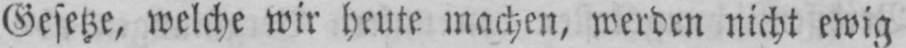
Gesetze, welche wir heute machen, werden nicht ewig